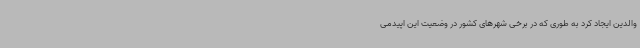
والدین ایجاد کرد به طوری که در برخی شهرهای کشور در وضعیت این اپیدمی